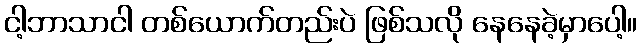
ငါ့ဘာသာငါ တစ်ယောက်တည်းပဲ ဖြစ်သလို နေနေခဲ့မှာပေါ့။